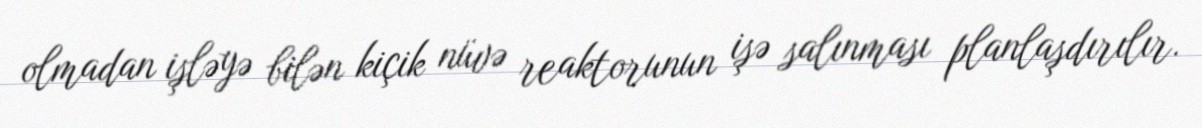
olmadan işləyə bilən kiçik nüvə reaktorunun işə salınması planlaşdırılır.